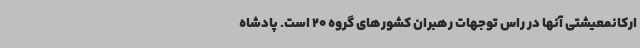
ارکانمعیشتی آنها در راس توجهات رهبران کشورهای گروه 20 است. پادشاه